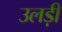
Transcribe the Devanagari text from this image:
उलड़ी